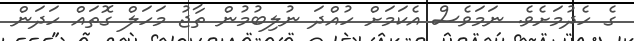
ގެ ހެދުމަށެވެ. ނަމަވެސް އެކަމަށް ހުއްދަ ނުލިބުމުން ތާޖު މަހަލް ގޮތައް ހަދަން